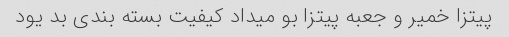
پیتزا خمیر و جعبه پیتزا بو میداد کیفیت بسته بندی بد یود